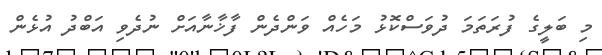
މި ބަލީގެ ފުރަތަމަ ދުވަސްކޮޅު މަހެއް ވަންދެން ފާޚާނާއަށް ނުދެވި އަބްދު އުޅެން